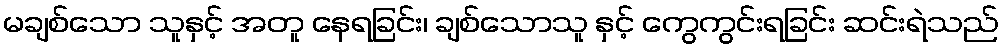
မချစ်သော သူနှင့် အတူ နေရခြင်း၊ ချစ်သောသူ နှင့် ကွေကွင်းရခြင်း ဆင်းရဲသည်